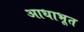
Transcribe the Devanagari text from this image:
आधाभूत